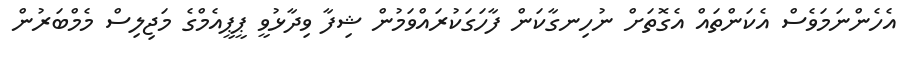
އެހެންނަމަވެސް އެކަންތައް އެގޮތަށް ނުހިނގާކަން ފާހަގަކުރައްވަމުން ޝިފާ ވިދާޅުވީ ޕީޕީއެމްގެ މަޖިލިސް މެމްބަރުން